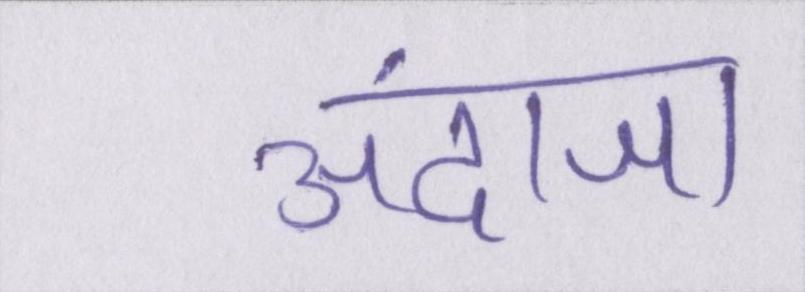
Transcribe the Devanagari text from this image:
अंदाजा